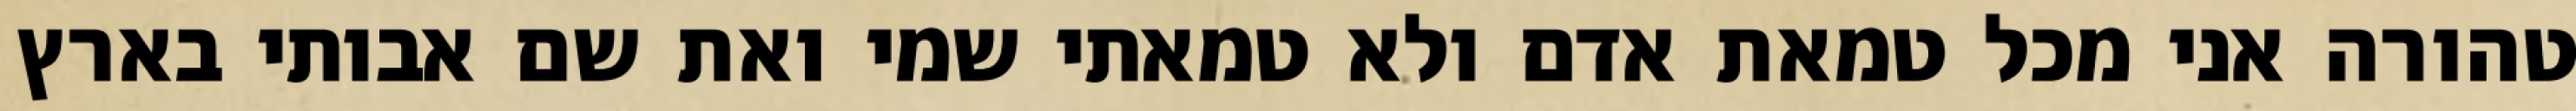
טהורה אני מכל טמאת אדם ולא טמאתי שמי ואת שם אבותי בארץ